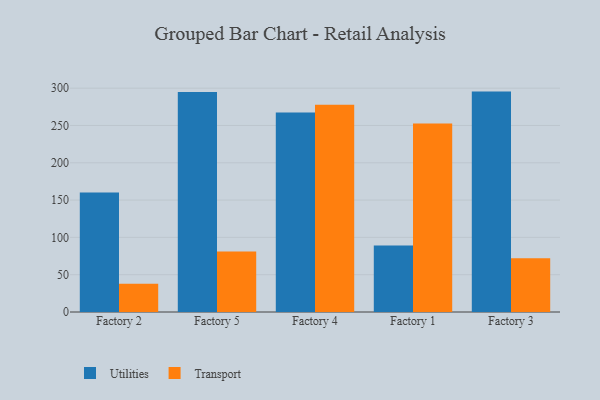
{"axis": {"x": "Factory", "y": "Shipments"}, "legend": ["Transport", "Utilities"], "data": [{"x": "Factory 2", "y": 160.3, "type": "Utilities"}, {"x": "Factory 2", "y": 37.8, "type": "Transport"}, {"x": "Factory 5", "y": 295.0, "type": "Utilities"}, {"x": "Factory 5", "y": 81.0, "type": "Transport"}, {"x": "Factory 4", "y": 267.5, "type": "Utilities"}, {"x": "Factory 4", "y": 277.7, "type": "Transport"}, {"x": "Factory 1", "y": 89.2, "type": "Utilities"}, {"x": "Factory 1", "y": 252.8, "type": "Transport"}, {"x": "Factory 3", "y": 295.4, "type": "Utilities"}, {"x": "Factory 3", "y": 72.2, "type": "Transport"}]}